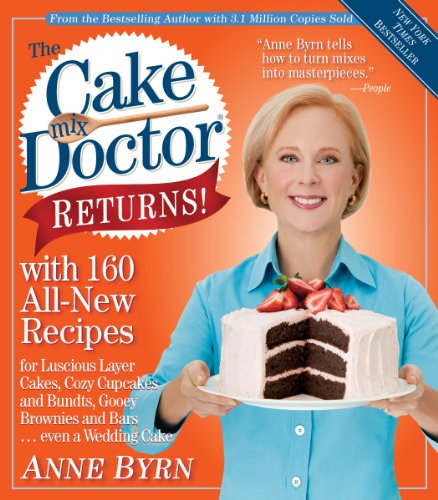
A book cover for The Cake Mix Doctor Returns!: With 160 All-New Recipes; Anne Byrn; Cookbooks, Food & Wine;